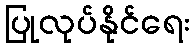
ပြုလုပ်နိုင်ရေး